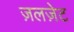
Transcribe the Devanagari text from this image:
ज़लज़ेट